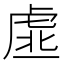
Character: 𧆳